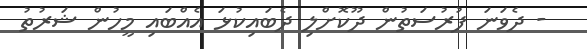
- ދެވަނަ ފުރުސަތުން ދޫކޮށްލި ދެބައިކުޅަ އެއްބައި މީހުން ޝަރުތު